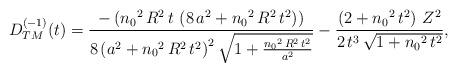
LaTeX: \begin{align*}\begin{array}{c}D_{TM}^{(-1)}(t) = \displaystyle{\frac{-\left( {n_{0}}^2\,R^2\,t\, \left( 8\,a^2 + {n_{0}}^2\,R^2\,t^2 \right) \right) }{8\, {\left( a^2 + {n_{0}}^2\,R^2\,t^2 \right) }^2\, {\sqrt{1 + \frac{{n_{0}}^2\,R^2\,t^2}{a^2}}}} - \frac{\left( 2 + {n_{0}}^2\,t^2 \right) \,Z^2} {2\,t^3\,{\sqrt{1 + {n_{0}}^2\,t^2}}}},\end{array}\end{align*}